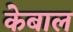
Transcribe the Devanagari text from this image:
केबाल